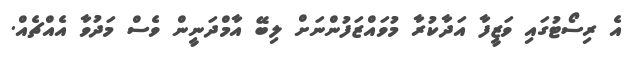
އެ ރިސޯޓުގައި ވަޒީފާ އަދާކުރާ މުވައްޒަފުންނަށް ލިބޭ އާމްދަނީން ވެސް މަދުވާ އެއްޗެއް.